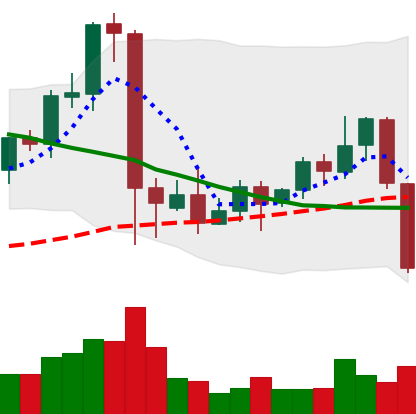
Ticker: EOS-USD
Chart end date: 2021-09-20
Forward return: -3.964%
Label: down_3_5